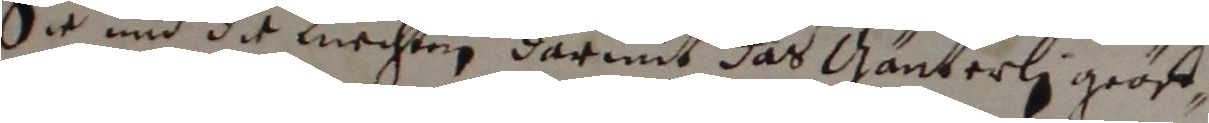
Sie und die knechten darmit das gänterli groß,